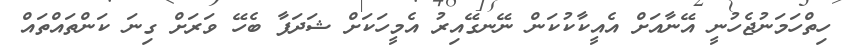
ހިތްހަމަނުޖެހުނީ އޭނާއަށް އެއީކާކުކަން ނޭނގޭއިރު އެމީހަކަށް ޝަދަފާ ބެހޭ ވަރަށް ގިނަ ކަންތައްތައް